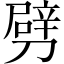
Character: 劈